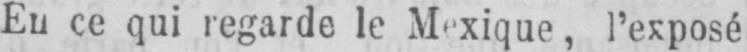
En ce qui regarde le Mexique, l’exposé